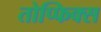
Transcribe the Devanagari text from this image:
तोप्फिक्स